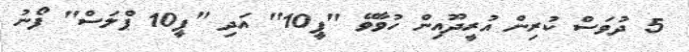
5 ދުވަަސް ކުރިން އުރީދޫއިން ހުވާވޭ "ޕީ10" އަދި "ޕީ10 ޕްލަސް" ފޯނު